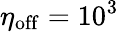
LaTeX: \eta_{\mathrm{off}}=10^{3}